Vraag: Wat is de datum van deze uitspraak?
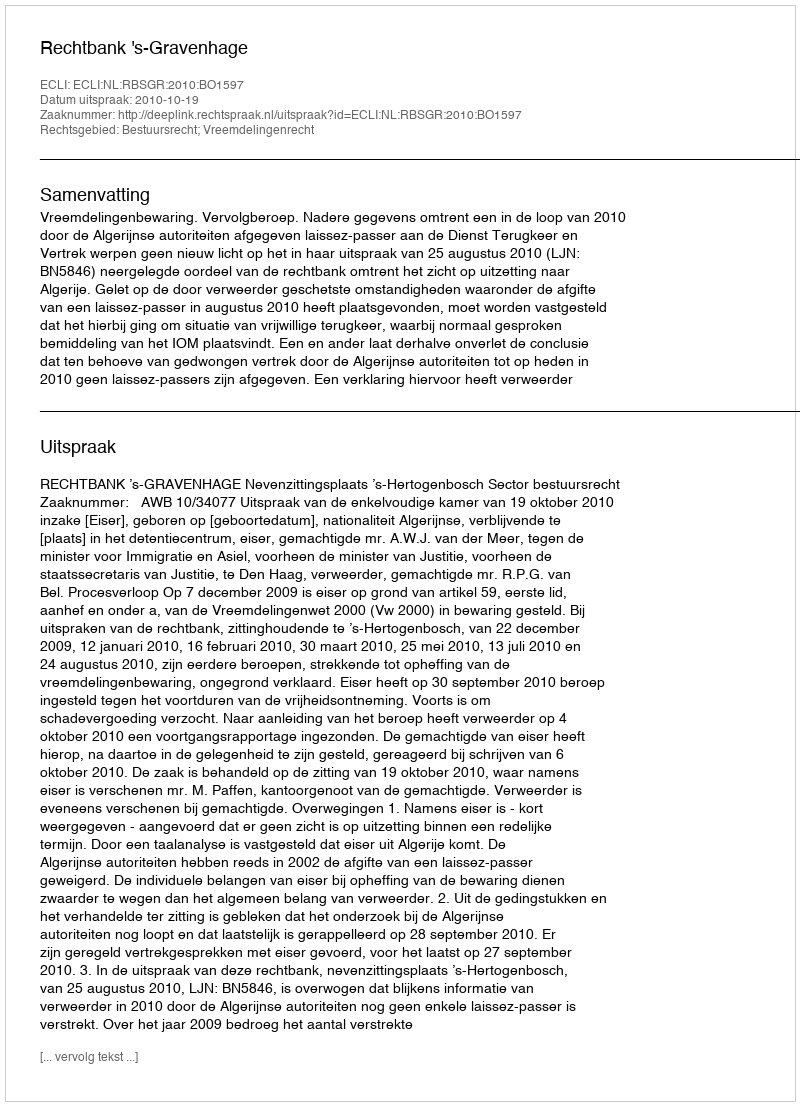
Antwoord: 2010-10-19